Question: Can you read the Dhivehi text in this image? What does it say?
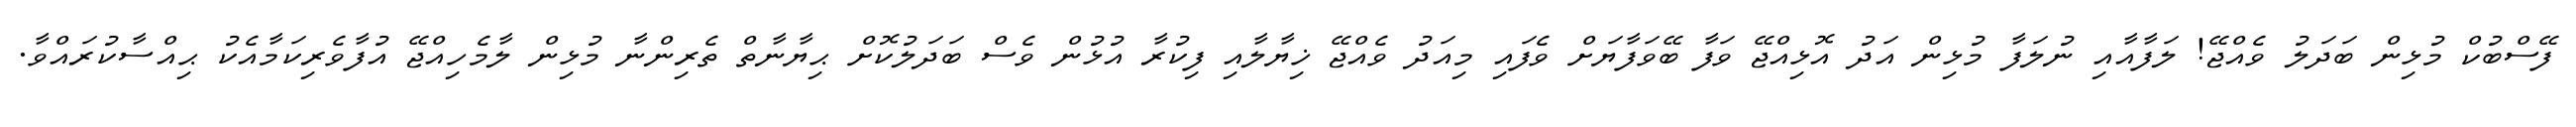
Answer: ފޭސްބުކް މުޅިން ބަދަލު ވެއްޖޭ! ލަފާއާއި ނުލަފާ މުޅިން އަދު އޮޅިއްޖޭ ވަފާ ބޭވަފާޔަށް ވެފައި މިއަދު ވެއްޖޭ ޚިޔާލާއި ފިކުރާ އުޅުން ވެސް ބަދަލުކޮށް ޙިޔާނާތް ތެރިންނާ މުޅިން ލާމެހިއްޖޭ އުފާވެރިކަމާއެކު ޙިއްސާކުރައްވާ.